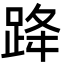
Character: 跭